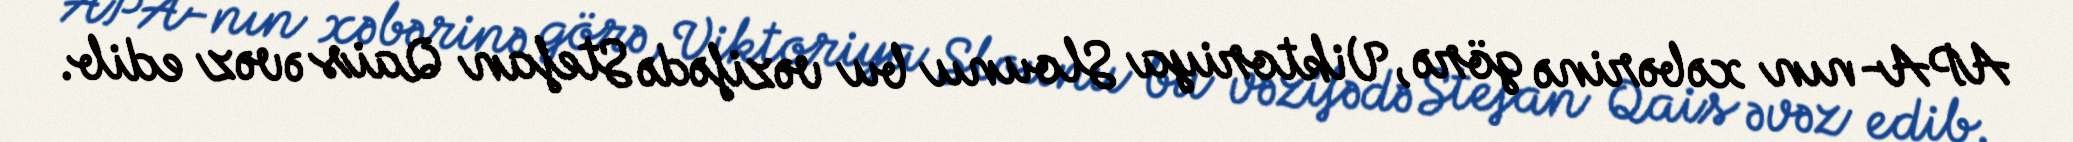
APA-nın xəbərinə görə, Viktoriya Slounu bu vəzifədə Stefan Qais əvəz edib.